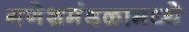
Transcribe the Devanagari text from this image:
गणेशमंडळामध्ये